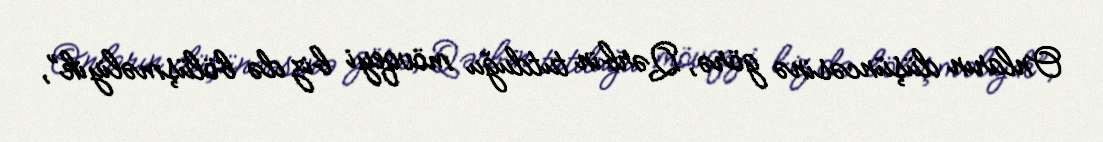
Onların düşüncəsinə görə, Qərbin tutduğu mövqeyi biz də bölüşməliyik”,